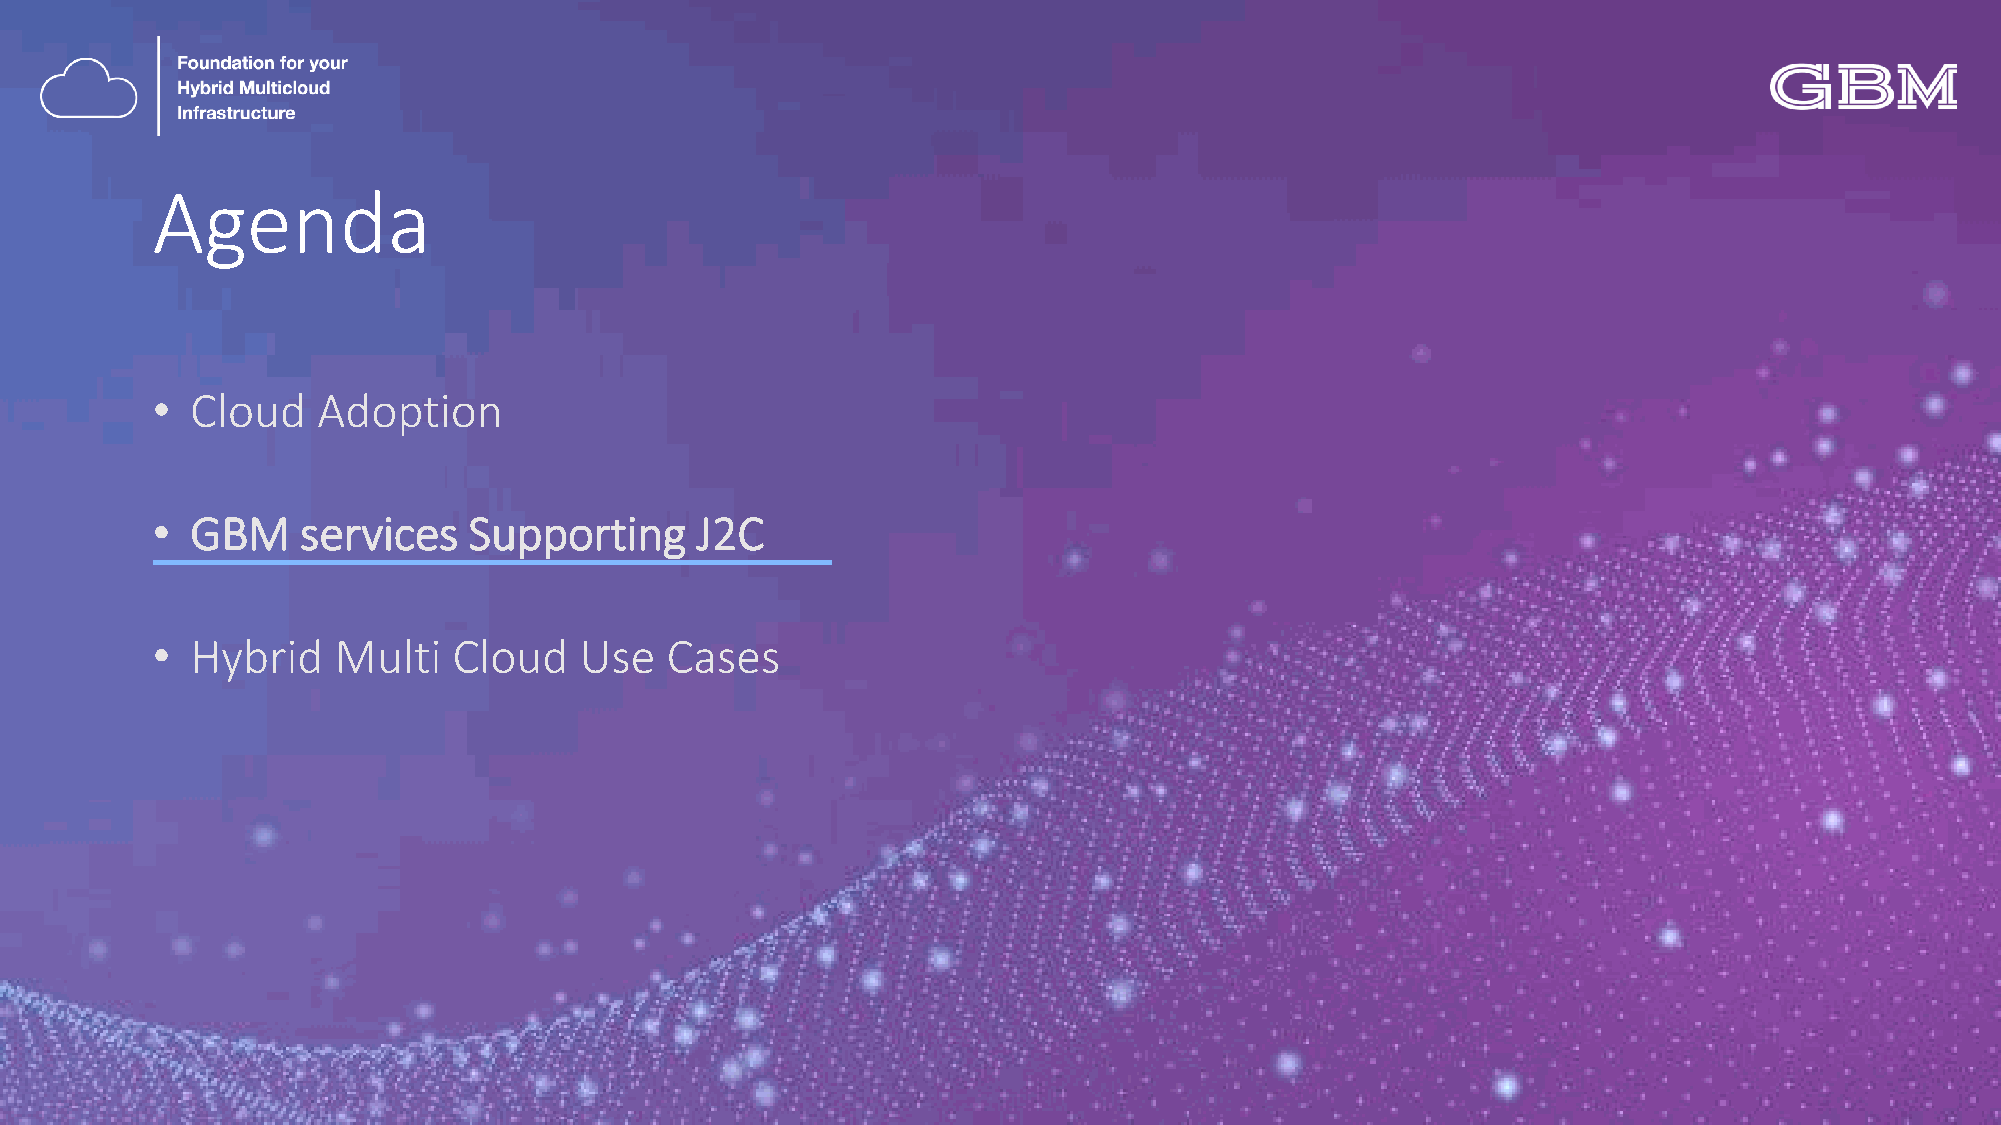
Agenda
 •  Cloud   Adoption
 •  GBM    services   Supporting     J2C
 •  Hybrid   Multi   Cloud   Use   Cases